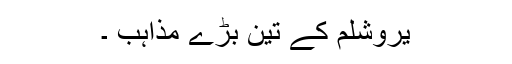
یروشلم کے تین بڑے مذاہب ۔